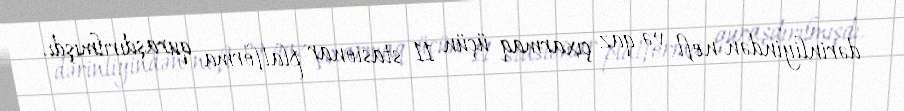
dərinliyindən neft və qaz çıxarmaq üçün 11 stasionar platforma quraşdırılmışdı.